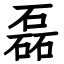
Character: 磊